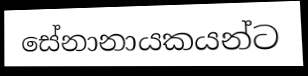
සේනානායකයන්ට